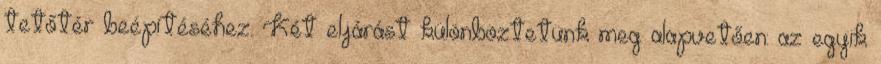
tetőtér beépítéséhez. Két eljárást különböztetünk meg alapvetően: az egyik